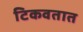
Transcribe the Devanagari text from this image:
टिकवतात